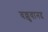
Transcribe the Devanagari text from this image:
वल्लुवानद